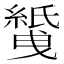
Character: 𱺅